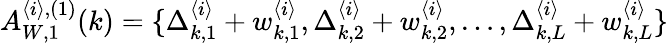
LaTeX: \begin{array}{r}{A_{W,1}^{\langle i\rangle,(1)}(k)=\{ \Delta_{k,1}^{\langle i\rangle}+w_{k,1}^{\langle i\rangle},\Delta_{k,2}^{\langle i\rangle}+w_{k,2}^{\langle i\rangle},\dots,\Delta_{k,L}^{\langle i\rangle}+w_{k,L}^{\langle i\rangle}\} }\end{array}